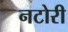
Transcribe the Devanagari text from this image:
नटोरी